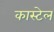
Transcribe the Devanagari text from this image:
कास्टेल